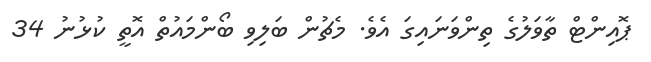
ޕޮއިންޓް ތާވަލުގެ ތިންވަނައިގަ އެވެ. މެޗުން ބަލިވި ބޯންމައުތް އޮތީ ކުޅުނު 34